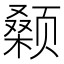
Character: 颡